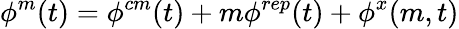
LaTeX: \phi^{m}(t)=\phi^{cm}(t)+m\phi^{rep}(t)+\phi^{x}(m,t)